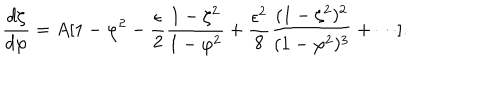
{ \frac { d \zeta } { d \varphi } } = A [ 1 - \varphi ^ { 2 } - { \frac { \epsilon } { 2 } } { \frac { 1 - \zeta ^ { 2 } } { 1 - \varphi ^ { 2 } } } + { \frac { \epsilon ^ { 2 } } { 8 } } { \frac { ( 1 - \zeta ^ { 2 } ) ^ { 2 } } { ( 1 - \varphi ^ { 2 } ) ^ { 3 } } } + \cdots ] .